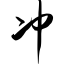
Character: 冲